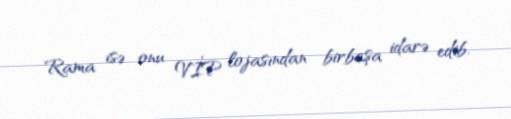
Rama isə onu VİP lojasından birbaşa idarə edib.